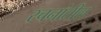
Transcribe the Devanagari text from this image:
रचनांतील